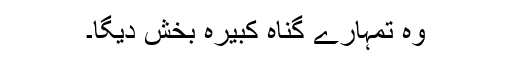
وہ تمہارے گناہ کبیرہ بخش دیگا۔